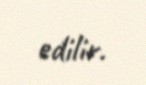
edilir.